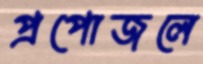
প্রপোজলে